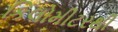
કિલોમીટરથી